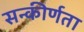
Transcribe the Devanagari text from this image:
सन्कीर्णता